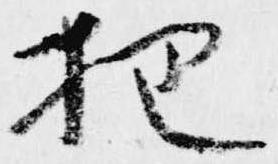
把